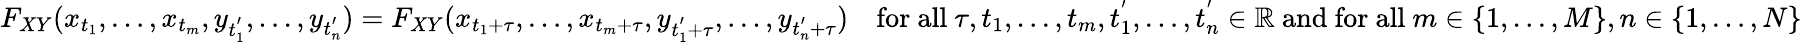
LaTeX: F_{XY}(x_{t_{1}},\ldots,x_{t_{m}},y_{t_{1}^{'}},\ldots,y_{t_{n}^{'}})=F_{XY}(x_{t_{1}+\tau},\ldots,x_{t_{m}+\tau},y_{t_{1}^{'}+\tau},\ldots,y_{t_{n}^{'}+\tau})\quad{\mathrm{for~all~}}\tau,t_{1},\ldots,t_{m},t_{1}^{'},\ldots,t_{n}^{'}\in\mathbb{R}{\mathrm{~and~for~all~}}m\in\{ 1,\ldots,M\} ,n\in\{ 1,\ldots,N\}